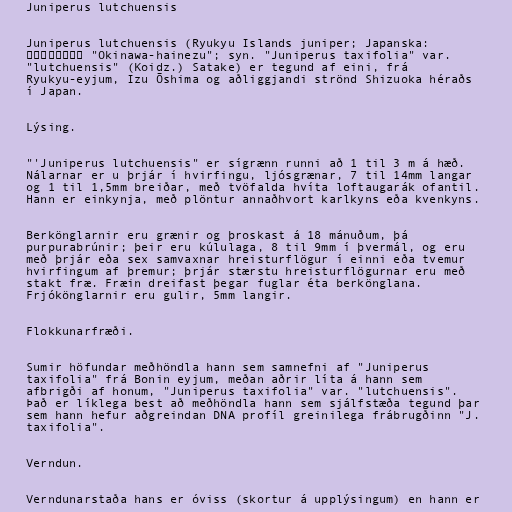
Juniperus lutchuensis

Juniperus lutchuensis (Ryukyu Islands juniper; Japanska:
オキナワハイネズ "Okinawa-hainezu"; syn. "Juniperus taxifolia" var.
"lutchuensis" (Koidz.) Satake) er tegund af eini, frá
Ryukyu-eyjum, Izu Ōshima og aðliggjandi strönd Shizuoka héraðs
í Japan.

Lýsing.

"'Juniperus lutchuensis" er sígrænn runni að 1 til 3 m á hæð.
Nálarnar er u þrjár í hvirfingu, ljósgrænar, 7 til 14mm langar
og 1 til 1,5mm breiðar, með tvöfalda hvíta loftaugarák ofantil.
Hann er einkynja, með plöntur annaðhvort karlkyns eða kvenkyns.

Berkönglarnir eru grænir og þroskast á 18 mánuðum, þá
purpurabrúnir; þeir eru kúlulaga, 8 til 9mm í þvermál, og eru
með þrjár eða sex samvaxnar hreisturflögur í einni eða tvemur
hvirfingum af þremur; þrjár stærstu hreisturflögurnar eru með
stakt fræ. Fræin dreifast þegar fuglar éta berkönglana.
Frjókönglarnir eru gulir, 5mm langir.

Flokkunarfræði.

Sumir höfundar meðhöndla hann sem samnefni af "Juniperus
taxifolia" frá Bonin eyjum, meðan aðrir líta á hann sem
afbrigði af honum, "Juniperus taxifolia" var. "lutchuensis".
Það er líklega best að meðhöndla hann sem sjálfstæða tegund þar
sem hann hefur aðgreindan DNA profíl greinilega frábrugðinn "J.
taxifolia".

Verndun.

Verndunarstaða hans er óviss (skortur á upplýsingum) en hann er